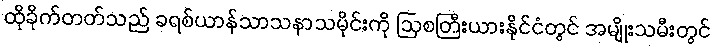
ထိုခိုက်တတ်သည် ခရစ်ယာန်သာသနာသမိုင်းကို ဩစတြီးယားနိုင်ငံတွင် အမျိုးသမီးတွင်